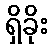
ရှိခိုး